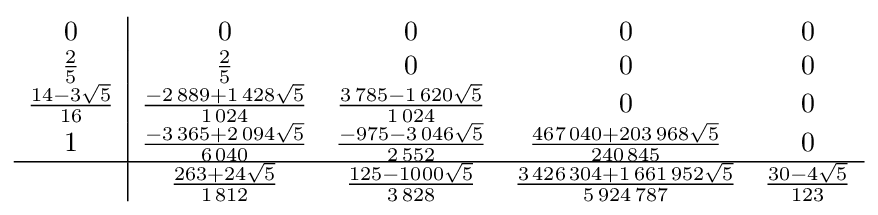
{\begin{array}{c|cccc}0&0&0&0&0\\{\frac {2}{5}}&{\frac {2}{5}}&0&0&0\\{\frac {14-3{\sqrt {5}}}{16}}&{\frac {-2\,889+1\,428{\sqrt {5}}}{1\,024}}&{\frac {3\,785-1\,620{\sqrt {5}}}{1\,024}}&0&0\\1&{\frac {-3\,365+2\,094{\sqrt {5}}}{6\,040}}&{\frac {-975-3\,046{\sqrt {5}}}{2\,552}}&{\frac {467\,040+203\,968{\sqrt {5}}}{240\,845}}&0\\\hline &{\frac {263+24{\sqrt {5}}}{1\,812}}&{\frac {125-1000{\sqrt {5}}}{3\,828}}&{\frac {3\,426\,304+1\,661\,952{\sqrt {5}}}{5\,924\,787}}&{\frac {30-4{\sqrt {5}}}{123}}\\\end{array}}